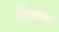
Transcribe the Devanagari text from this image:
शितफळ